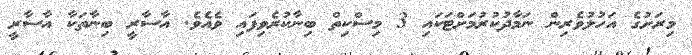
މިރަށުގެ އަހުލުވެރިން ނަމާދުކުރުމަށްޓަކައި 3 މިސްކިތް ބިނާކުރެވިފައި ވެއެވެ. އާސާރީ ބިނާތަކާ އާސާރީ